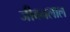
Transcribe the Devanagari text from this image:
जीवनलाल